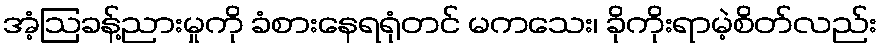
အံ့ဩခန့်ညားမှုကို ခံစားနေရရုံတင် မကသေး၊ ခိုကိုးရာမဲ့စိတ်လည်း